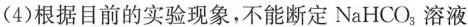
(4)根据目前的实验现象，不能断定NaHCO_{3}溶液